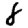
Digit: 8